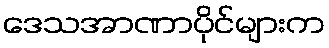
ဒေသအာဏာပိုင်များက